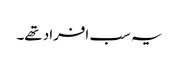
یہ سب افراد تھے۔